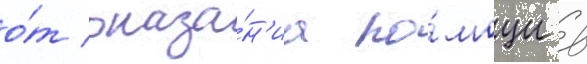
о́т оказа́н'иа по́мощи в